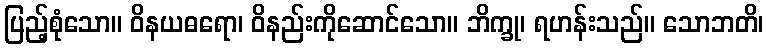
ပြည့်စုံသော။ ဝိနယဓရော၊ ဝိနည်းကိုဆောင်သော။ ဘိက္ခု၊ ရဟန်းသည်။ သောဘတိ၊